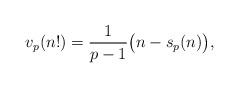
LaTeX: \begin{align*} v_p(n!)=\frac {1} {p-1}\big(n-s_p(n)\big),\end{align*}